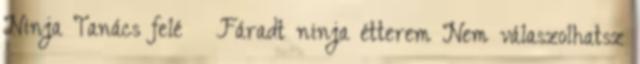
Ninja Tanács felé » Fáradt ninja étterem Nem válaszolhatsz